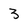
Character: 3